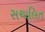
સચાલિત